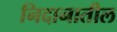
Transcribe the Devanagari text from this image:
निदानातील